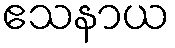
ဧသနာယ